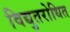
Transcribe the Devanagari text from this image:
विद्युतरोधित